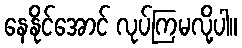
နေနိုင်အောင် လုပ်ကြမလို့ပါ။